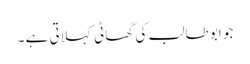
جو ابو طالب کی گھاٹی کہلاتی ہے ۔